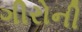
ગીરોની